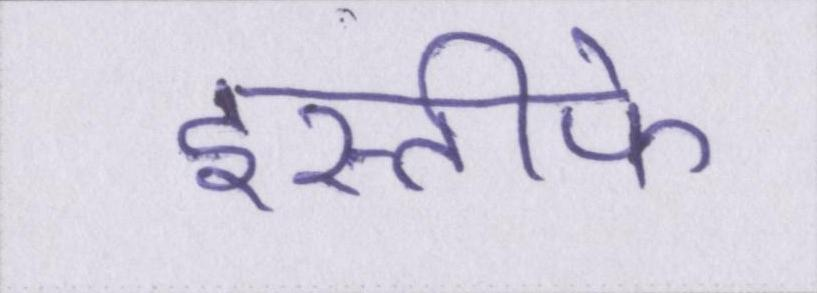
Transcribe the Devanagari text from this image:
इस्तीफे